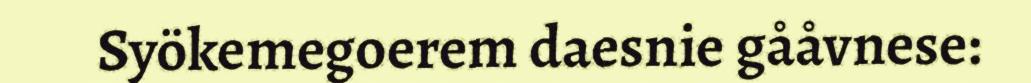
Syökemegoerem daesnie gååvnese: